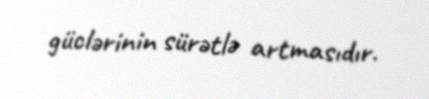
güclərinin sürətlə artmasıdır.